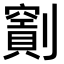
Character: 𠠖